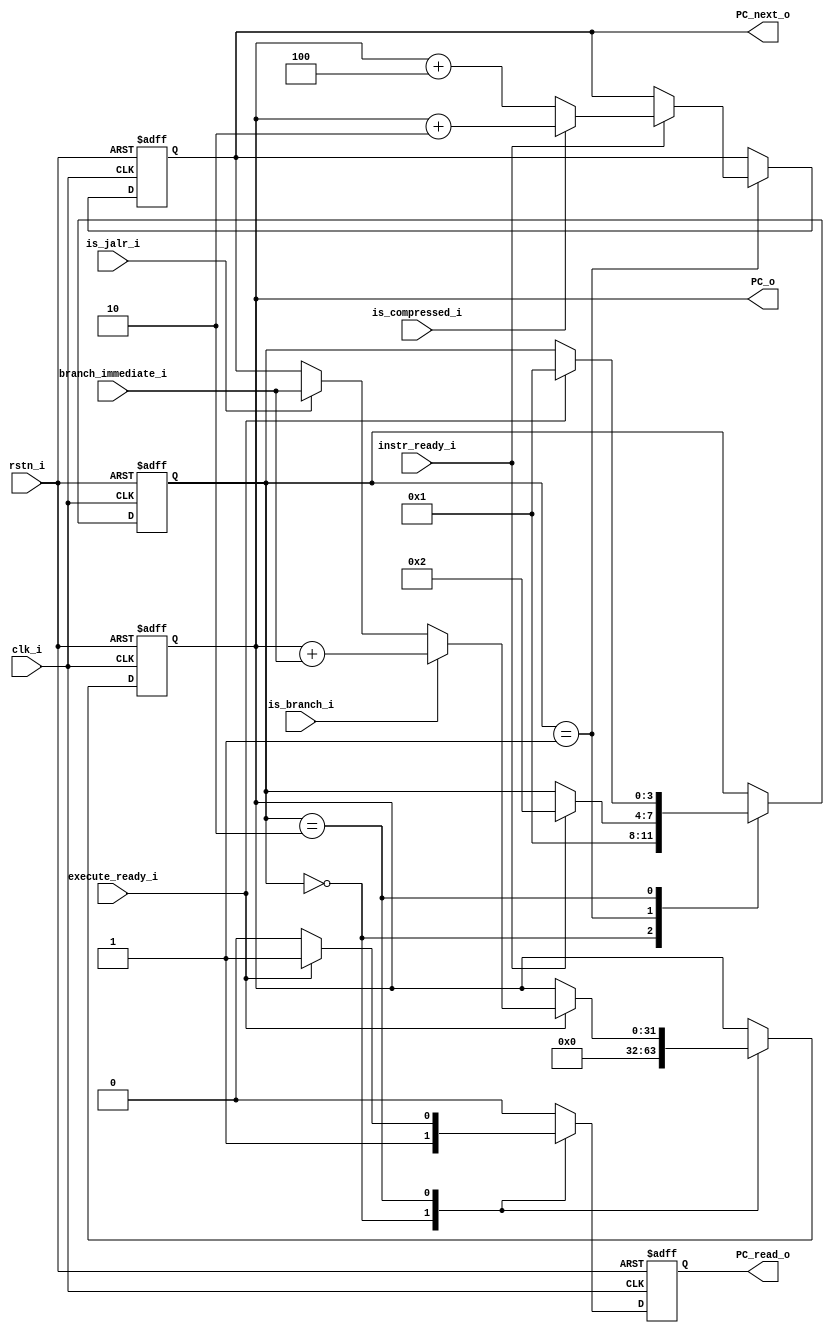
module mystic_PC_controller(
      input  wire          clk_i,       
      input  wire          rstn_i,   
      input  wire          is_compressed_i,
      input  wire          is_branch_i,
      input  wire          is_jalr_i,
      input  wire [31:0]   branch_immediate_i,
      input  wire          instr_ready_i,
      input  wire          execute_ready_i,
      output reg  [31:0]   PC_o,
      output reg  [31:0]   PC_next_o,
      output reg           PC_read_o
   );

   reg [3:0] state;
   localparam S_INIT       = 0;
   localparam S_IDLE       = 1;
   localparam S_WAIT       = 2;

   // reg  [31:0]   PC_next;
   reg  [31:0]   PC_current;

   always @(posedge clk_i , negedge rstn_i) begin
      if (!rstn_i) begin
         PC_o  <= 32'h0000_0000;
         PC_read_o   <= 1'b0;
         PC_next_o  <= 32'h0000_0000;
         state <= S_INIT;
      end else begin
         PC_read_o   <= 1'b0;
         case(state) 
            S_INIT: begin
               PC_o        <= 32'h0000_0000;
               PC_read_o   <= 1'b1;
               state       <= S_IDLE;
            end

            S_IDLE: begin
               if (instr_ready_i) begin
                  state <= S_WAIT;
                  if (is_compressed_i) begin
                     PC_next_o  <= PC_o + 2;
                  end else begin
                     PC_next_o  <= PC_o + 4;
                  end
               end
            end

            S_WAIT: begin
               if (execute_ready_i) begin
                  if (is_branch_i) begin
                     PC_o        <= PC_o + branch_immediate_i;
                  end else if (is_jalr_i) begin 
                     PC_o        <= branch_immediate_i;
                  end else begin
                     PC_o        <= PC_next_o;
                  end
                  PC_read_o   <= 1'b1;
                  state       <= S_IDLE;
               end
            end
         endcase
      end
   end
endmodule